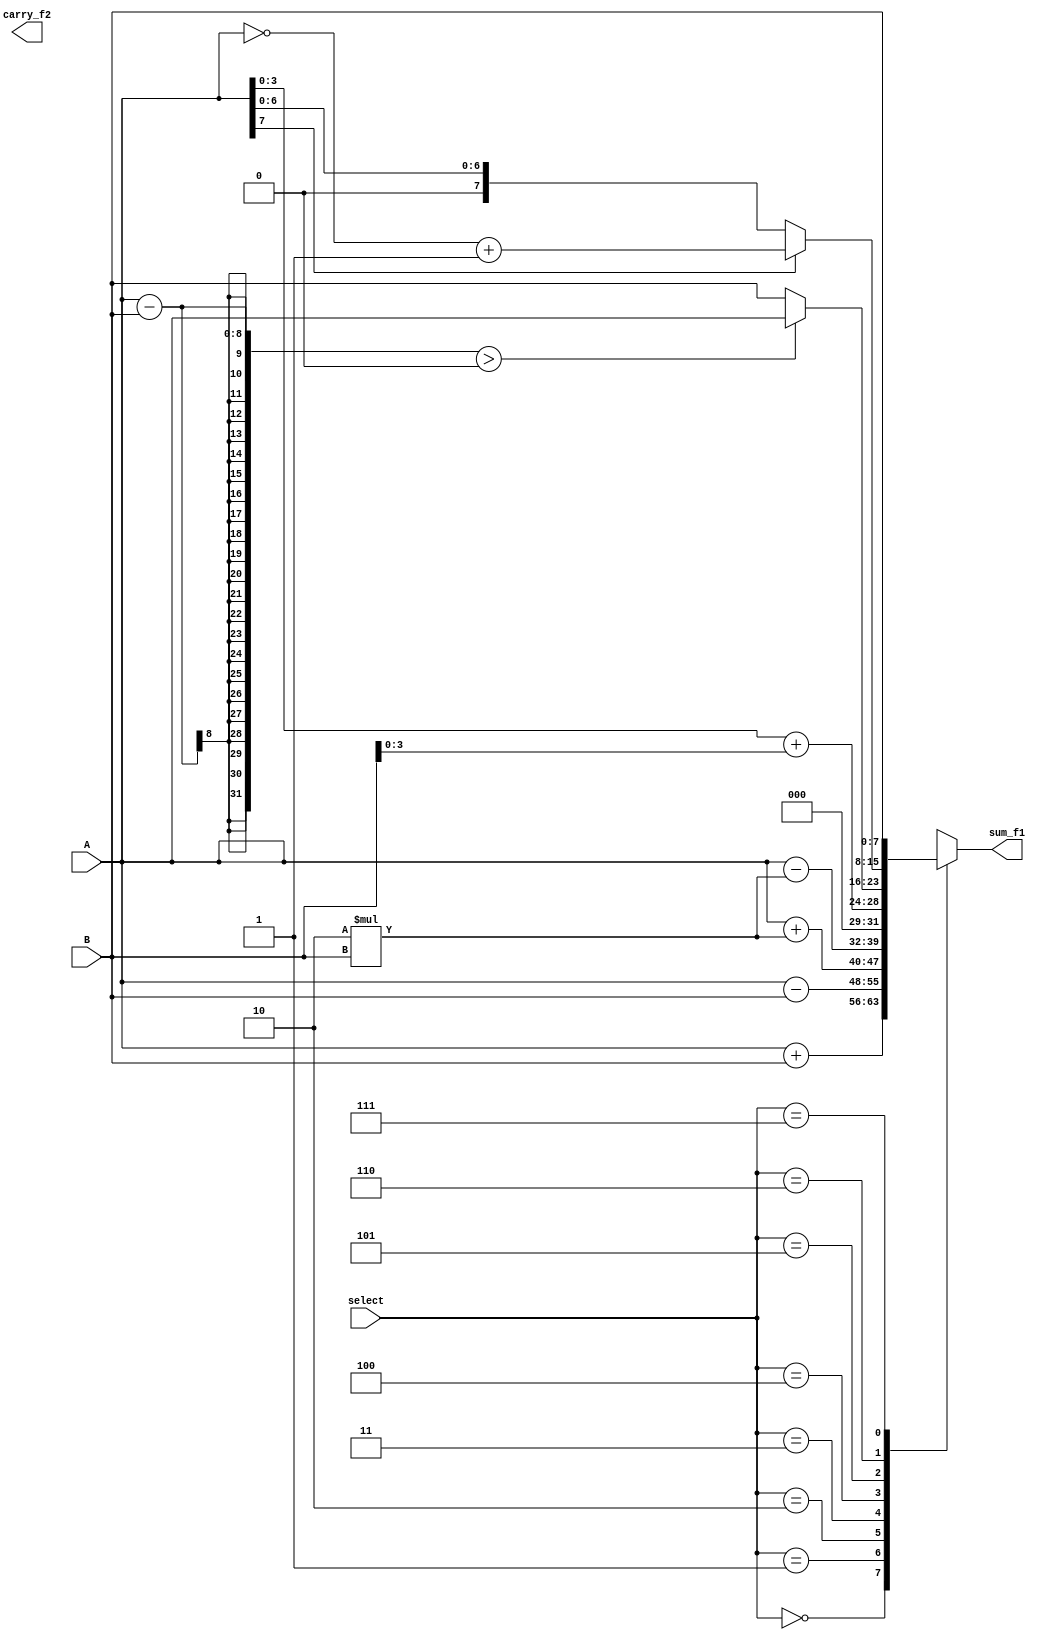
`timescale 1ns / 1ps
// Q2 : Implementation of an ALU
// Implemnting an ALU using case satements
module ALU(
       output reg [7:0] sum_f1,
       output carry_f2,
       input [7:0] A,B,
       input [2:0] select
    );
    always @(select)begin
        case(select)
        3'b000: sum_f1 = A + B ;
        3'b001: sum_f1 = A - B ;
        3'b010: sum_f1 = A + 2*B ;
        3'b011: sum_f1 = A - 2*B ;
        3'b100: sum_f1 = A[3:0] + B[3:0] ;
        3'b101: sum_f1 = ((A-B)>0) ? A : B ;
        3'b110: sum_f1 = A[7] ? ~A + 1 : A ;
        3'b111: sum_f1 = B ;
        endcase
    end
endmodule